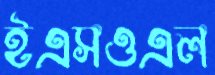
ইএসওএল